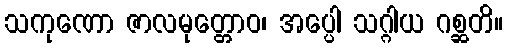
သကုဏော ဇာလမုတ္တောဝ၊ အပ္ပေါ သဂ္ဂါယ ဂစ္ဆတိ။